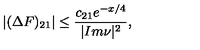
| ( \Delta F ) _ { 2 1 } | \leq \frac { c _ { 2 1 } e ^ { - x / 4 } } { | I m \nu | ^ { 2 } } ,